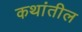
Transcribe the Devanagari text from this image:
कथांतील